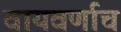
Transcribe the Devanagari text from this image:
वायवर्णाच